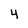
Character: 4